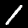
Digit: 1